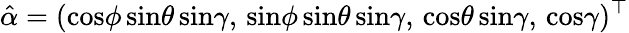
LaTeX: \hat{\alpha}=(\mathrm{cos}\phi\, \mathrm{sin}\theta\, \mathrm{sin}\gamma,\, \mathrm{sin}\phi\, \mathrm{sin}\theta\, \mathrm{sin}\gamma,\, \mathrm{cos}\theta\, \mathrm{sin}\gamma,\, \mathrm{cos}\gamma)^{\top}